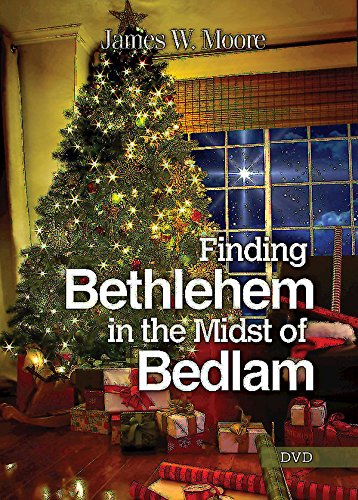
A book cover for Finding Bethlehem in the Midst of Bedlam - DVD; James W. Moore; Christian Books & Bibles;